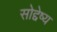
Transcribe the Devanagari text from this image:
सोद्देष्य